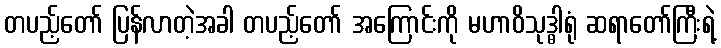
တပည့်တော် ပြန်လာတဲ့အခါ တပည့်တော် အကြောင်းကို မဟာဝိသုဒ္ဓါရုံ ဆရာတော်ကြီးရဲ့